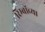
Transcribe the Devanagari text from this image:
रिम्बॉच्या